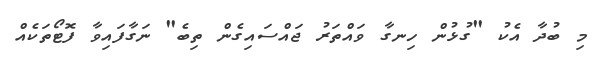
މި ބުދާ އެކު "ގުޅުން ހިނގާ ވައްތަރު ޖައްސައިގެން ތިބެ" ނަގާފައިވާ ފޮޓޯތަކެއް